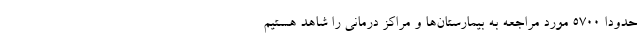
حدودا ۵۷۰۰ مورد مراجعه به بیمارستان‌ها و مراکز درمانی را شاهد هستیم